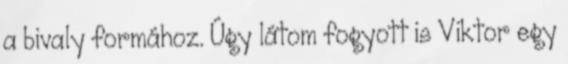
a bivaly formához. Úgy látom fogyott is Viktor egy